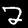
Digit: 2